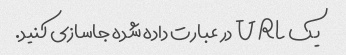
یک URL در عبارت داده شده جاسازی کنید.